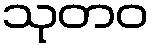
သုတဝ